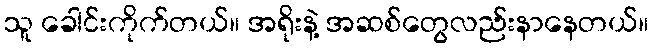
သူ ခေါင်းကိုက်တယ်။ အရိုးနဲ့ အဆစ်တွေလည်းနာနေတယ်။